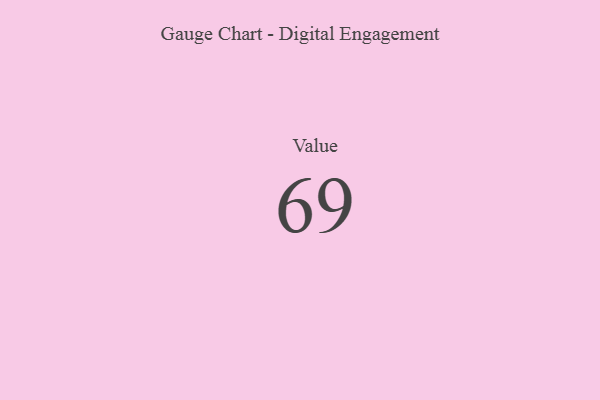
{"axis": {"x": "Metric", "y": "Value"}, "legend": [""], "data": [{"x": "Value", "y": 69, "type": ""}]}